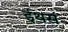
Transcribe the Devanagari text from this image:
ईथर्स